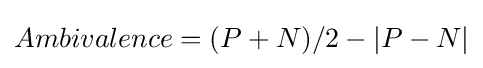
Ambivalence=(P+N)/2-|P-N|